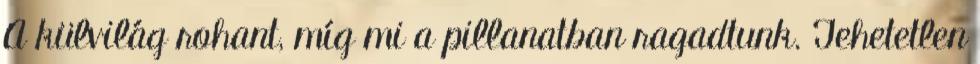
A külvilág rohant, míg mi a pillanatban ragadtunk. Tehetetlen